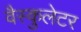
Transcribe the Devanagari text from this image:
वैस्कुलेटर